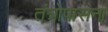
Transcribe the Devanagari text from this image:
तंत्रोपासना